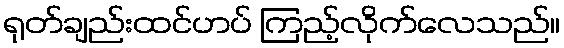
ရုတ်ချည်းထင်ဟပ် ကြည့်လိုက်လေသည်။